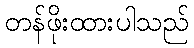
တန်ဖိုးထားပါသည်